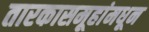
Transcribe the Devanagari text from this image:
तारकासमूहांमधून